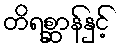
တိရစ္ဆာန်နှင့်